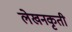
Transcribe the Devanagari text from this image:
लेखनकृती